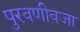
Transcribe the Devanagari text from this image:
पुरवणीवजा